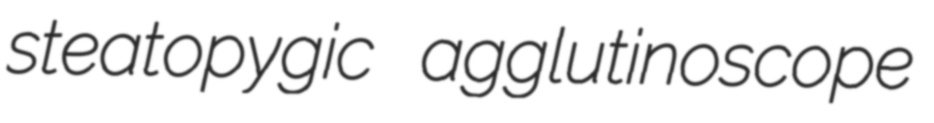
steatopygic agglutinoscope